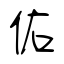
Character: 佑